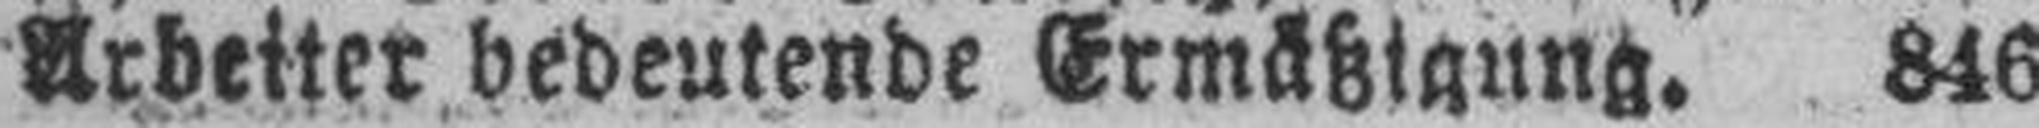
Arbeiter bedeutende Ermäßigung. 846